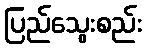
ပြည်သွေးစည်း